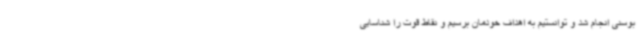
بوسنی انجام شد و توانستیم به اهداف خودمان برسیم و نقاط قوت را شناسایی